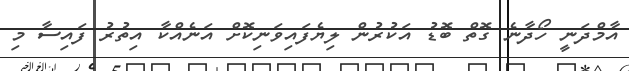
އާމްދަނީ ހޯދާނެ ގޮތް ބޮޑު އަކުރުން ލިޔެފައިވަނިކޮށް އަނެއްކާ އިތުރު ފައިސާ މި